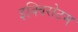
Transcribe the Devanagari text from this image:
इक्विसेटम